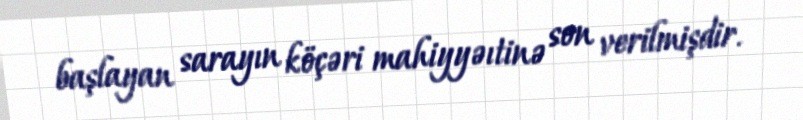
başlayan sarayın köçəri mahiyyəıtinə son verilmişdir.